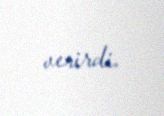
verirdi.